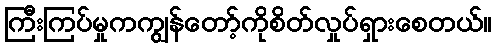
ကြီးကြပ်မှုကကျွန်တော့်ကိုစိတ်လှုပ်ရှားစေတယ်။